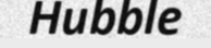
Hubble